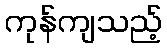
ကုန်ကျသည့်